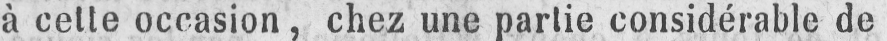
à cette occasion, chez une partie considérable de